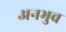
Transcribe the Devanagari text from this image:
अनभुव